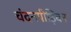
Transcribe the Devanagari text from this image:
चंदनपीड़िवन